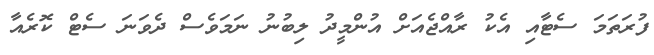
ފުރަތަމަ ސެޓާއި އެކު ރާއްޖެއަށް އުންމީދު ލިބުނު ނަމަވެސް ދެވަނަ ސެޓް ކޮރެއާ